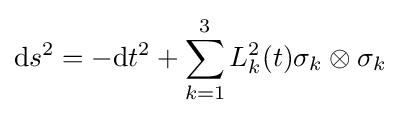
{\text{d}}s^{2}=-{\text{d}}t^{2}+\sum _{k=1}^{3}{L_{k}^{2}(t)}\sigma _{k}\otimes \sigma _{k}